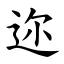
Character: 迩